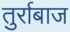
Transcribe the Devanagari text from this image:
तुर्राबाज